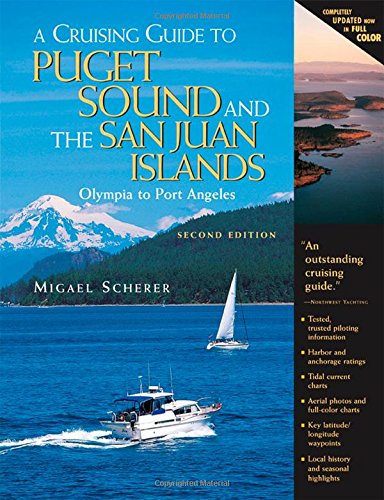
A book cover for A Cruising Guide to Puget Sound and the San Juan Islands: Olympia to Port Angeles; Migael Scherer; Engineering & Transportation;